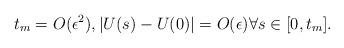
LaTeX: \begin{align*} t_m=O(\epsilon ^2), |U(s)-U(0)|=O(\epsilon ) \forall s \in [0, t_m]. \end{align*}